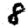
Digit: 8